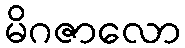
မိဂဇာလော